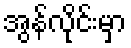
အွန်လိုင်းမှာ